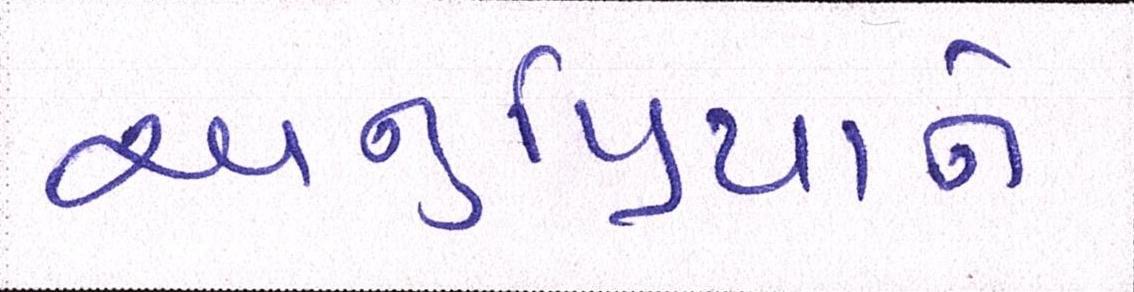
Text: અનુપ્રિયાને